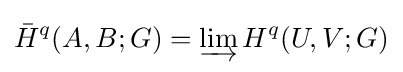
{\bar {H}}^{q}(A,B;G)=\varinjlim H^{q}(U,V;G)